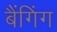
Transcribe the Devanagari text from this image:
बैंगिंग